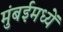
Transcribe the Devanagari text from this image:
मुंबईमध्यें